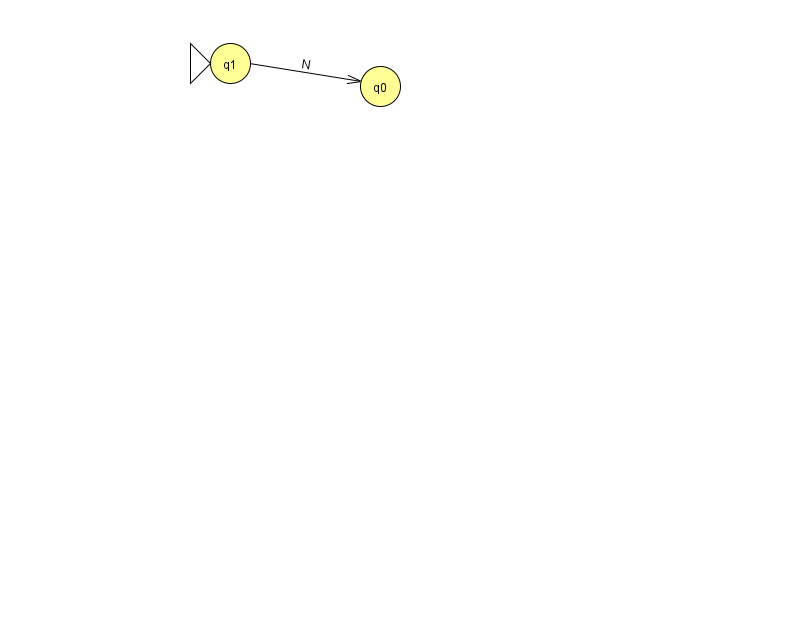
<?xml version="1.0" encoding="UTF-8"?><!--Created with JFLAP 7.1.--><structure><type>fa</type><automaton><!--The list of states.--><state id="0" name="q0"><x>380.0</x><y>73.0</y></state><state id="1" name="q1"><x>230.0</x><y>50.0</y><initial/></state><!--The list of transitions.--><transition><from>1</from><to>0</to><read>N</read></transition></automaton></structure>